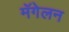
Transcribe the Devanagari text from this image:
मॅगेलन